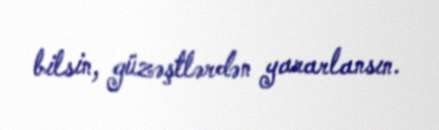
bilsin, güzəştlərdən yararlansın.